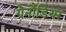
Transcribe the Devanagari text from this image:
ग्रेनौडियर